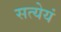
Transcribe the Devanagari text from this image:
सत्येयं